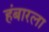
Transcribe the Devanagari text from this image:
हंबारला